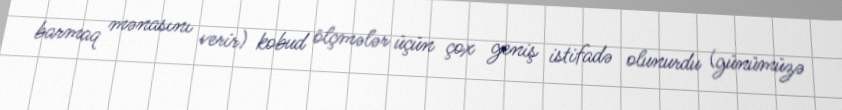
barmaq mənasını verir) kobud ölçmələr üçün çox geniş istifadə olunurdu (günümüzə